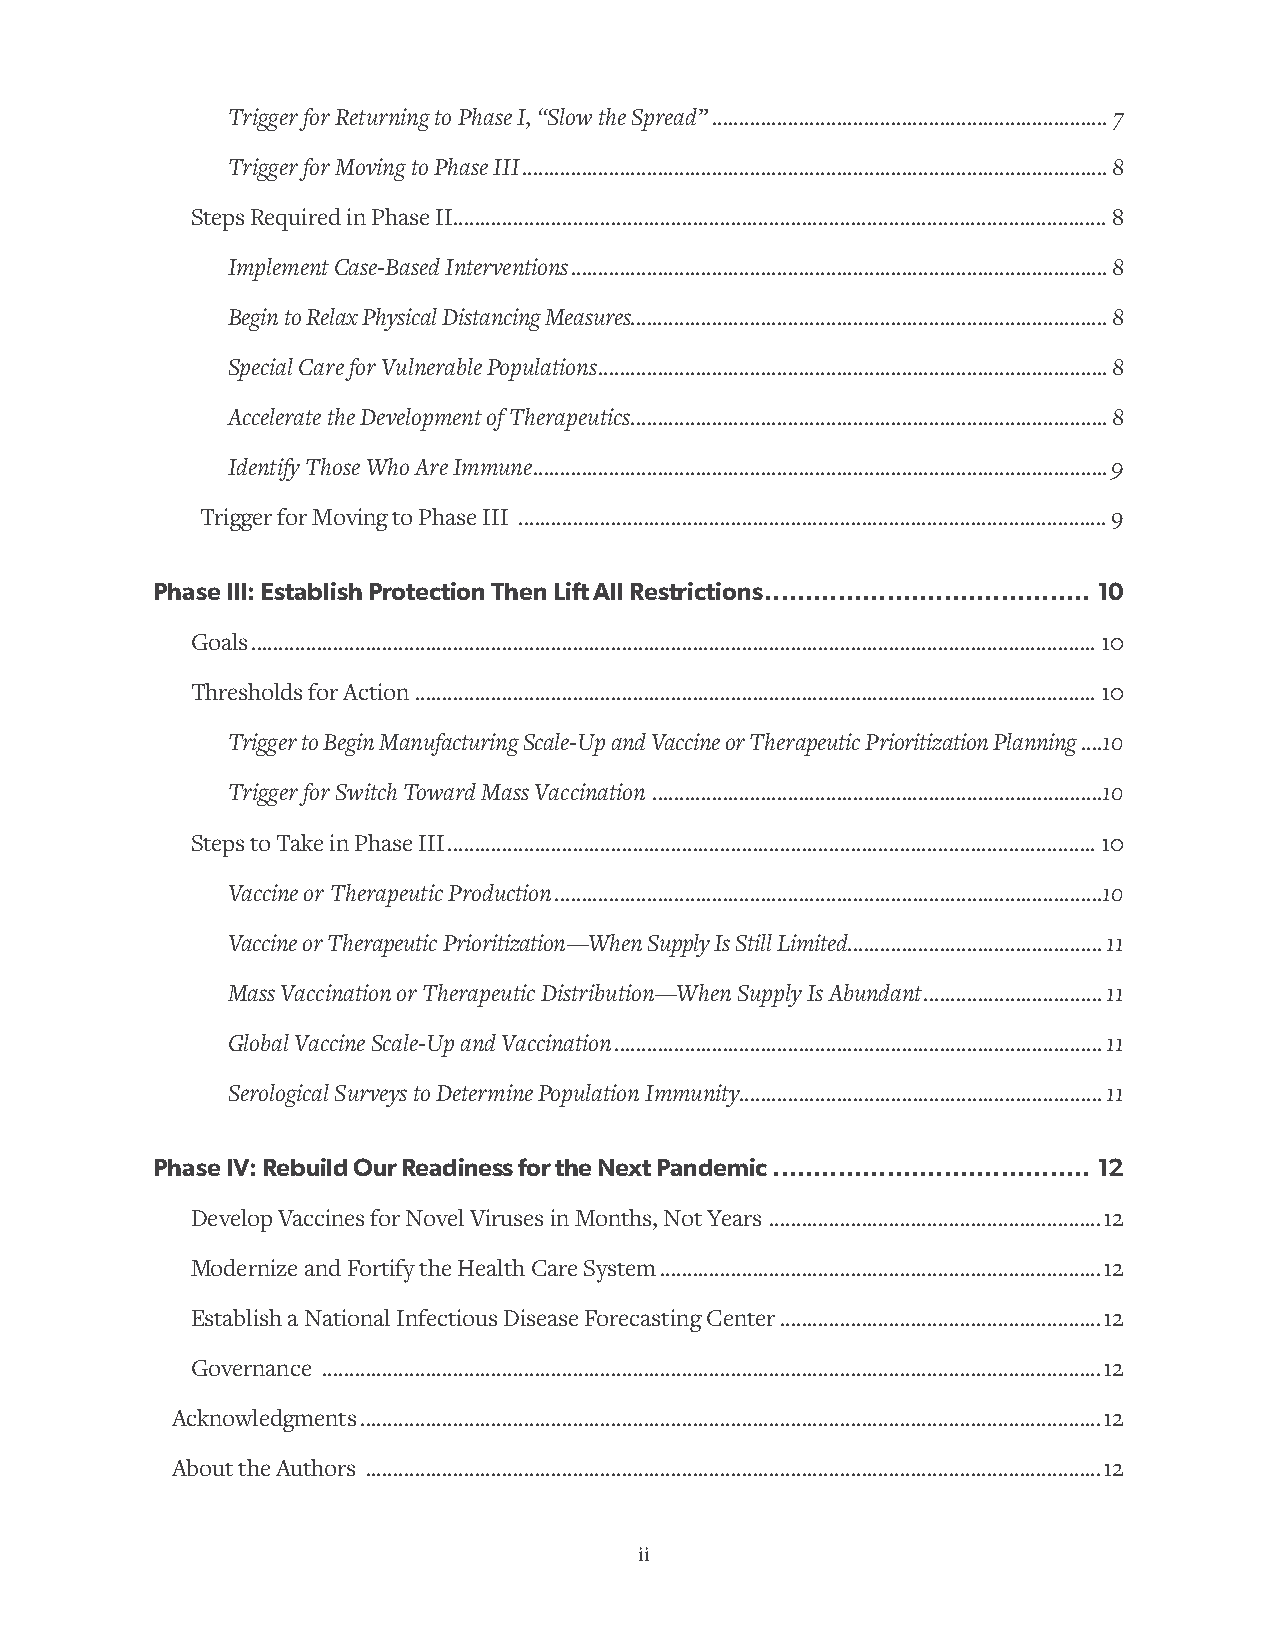
Trigger for Returning to Phase I, “Slow the Spread” .........................................................................7
 Trigger for Moving to Phase III ............................................................................................................8
 Steps Required in Phase II ........................................................................................................................8
 Implement Case-Based Interventions ...................................................................................................8
 Begin to Relax Physical Distancing Measures. .......................................................................................8
 Special Care for Vulnerable Populations ..............................................................................................8
 Accelerate the Development of Therapeutics ........................................................................................8
 Identify Those Who Are Immune ..........................................................................................................9
 Trigger for Moving to Phase III ............................................................................................................9
 Phase III: Establish Protection Then Lift All Restrictions ........................................10
 Goals ...........................................................................................................................................................10
 Thresholds for Action .............................................................................................................................10
 Trigger to Begin Manufacturing Scale-Up and Vaccine or Therapeutic Prioritization Planning ....10
 Trigger for Switch Toward Mass Vaccination ...................................................................................10
 Steps to Take in Phase III .......................................................................................................................10
 Vaccine or Therapeutic Production .....................................................................................................10
 Vaccine or Therapeutic Prioritization—When Supply Is Still Limited. ..............................................11
 Mass Vaccination or Therapeutic Distribution—When Supply Is Abundant .................................11
 Global Vaccine Scale-Up and Vaccination ..........................................................................................11
 Serological Surveys to Determine Population Immunity...................................................................11
 Phase IV: Rebuild Our Readiness for the Next Pandemic .......................................12
 Develop Vaccines for Novel Viruses in Months, Not Years .............................................................12
 Modernize and Fortify the Health Care System .................................................................................12
 Establish a National Infectious Disease Forecasting Center ...........................................................12
 Governance ...............................................................................................................................................12
 Acknowledgments ........................................................................................................................................12
 About the Authors .......................................................................................................................................12
 ii